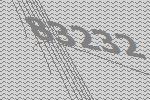
83232